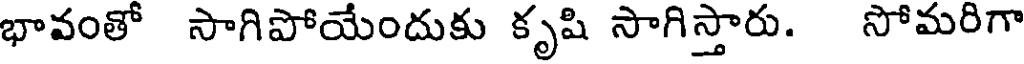
భావంతో సాగిపోయేందుకు కృషి సాగిస్తారు. సోమరిగా